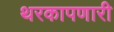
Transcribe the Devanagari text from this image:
थरकापणारी